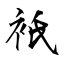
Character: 衹